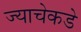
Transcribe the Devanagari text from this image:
ज्याचेकडे